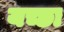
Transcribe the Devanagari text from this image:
यच्छा